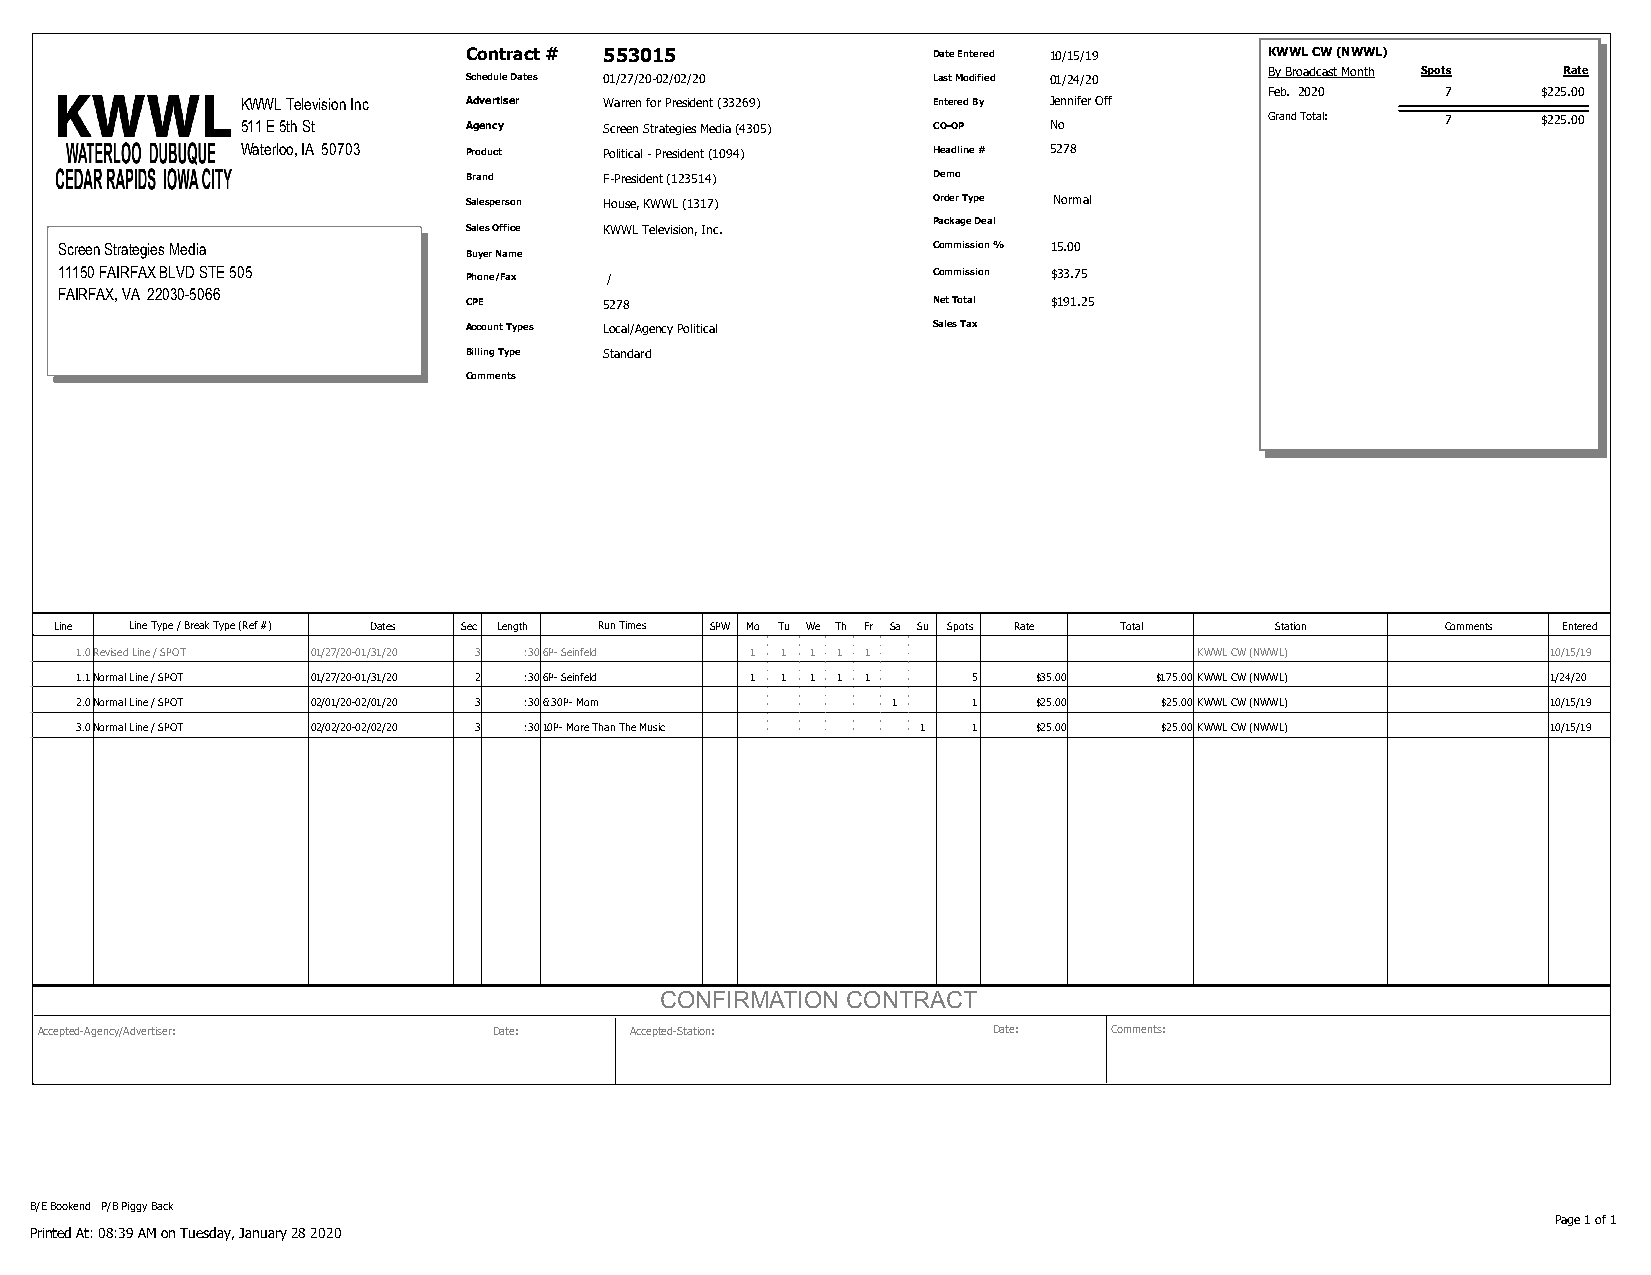
Contract # 553015              Date Entered 10/15/19 KWWL CW (NWWL)
 By Broadcast Month Spots Rate
 Schedule Dates 01/27/20-02/02/20 Last Modified 01/24/20
 Feb. 2020   7     $225.00
 KWWL Television Inc Advertiser Warren for President (33269) Entered By Jennifer Off
 511 E 5th St   Agency   Screen Strategies Media (4305) CO-OP No     Grand Total: 7    $225.00
 Waterloo, IA 50703 Product Political - President (1094) Headline # 5278
 Brand    F-President (123514)  Demo
 Salesperson House, KWWL (1317) Order Type Normal
 Package Deal
 Sales Office KWWL Television, Inc.
 Screen Strategies Media                                   Commission % 15.00
 Buyer Name
 11150 FAIRFAX BLVD STE 505 Phone/Fax /                    Commission $33.75
 FAIRFAX, VA 22030-5066
 CPE      5278                  Net Total $191.25
 Account Types Local/Agency Political Sales Tax
 Billing Type Standard
 Comments
 Line Line Type / Break Type (Ref #) Dates Sec Length Run Times SPW Mo Tu We Th Fr Sa Su Spots Rate Total Station Comments Entered
 1.0Revised Line / SPOT 01/27/20-01/31/20 3 :306P- Seinfeld 1 1 1 1 1      KWWL CW (NWWL)          10/15/19
 1.1Normal Line / SPOT 01/27/20-01/31/20 2 :306P- Seinfeld 1 1 1 1 1 5 $35.00 $175.00KWWL CW (NWWL) 1/24/20
 2.0Normal Line / SPOT 02/01/20-02/01/20 3 :306:30P- Mom 1  1    $25.00  $25.00KWWL CW (NWWL)      10/15/19
 3.0Normal Line / SPOT 02/02/20-02/02/20 3 :3010P- More Than The Music 1 1 $25.00 $25.00KWWL CW (NWWL) 10/15/19
 CONFIRMATION CONTRACT
 Accepted-Agency/Advertiser:   Date:    Accepted-Station:       Date:   Comments:
 B/E Bookend P/B Piggy Back
 Page 1 of 1
 Printed At: 08:39 AM on Tuesday, January 28 2020